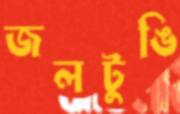
জলটুঙি